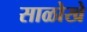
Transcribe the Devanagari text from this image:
साळोखे